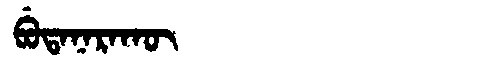
Manchu: ᠪᡠᡨᠠᠨᠠᡵᠠᡴᡡ
Romanization: BUTANARAKŪ